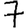
Digit: 7